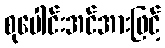
စုပေါင်းအင်အားဖြင့်